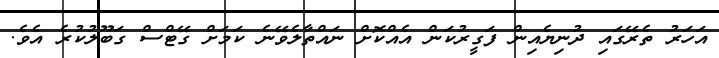
އަހަރު ތެރޭގައި ދުނިޔެއިން ފަގީރުކަން އެއްކޮށް ނައްތާލެވޭނެ ކަމަށް ގޭޓްސް ގަބޫލުކުރެ އެވެ.